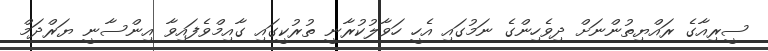
ސީރިއާގެ ރައްޔިތުންނަށް ދިވެހިންގެ ނަމުގައި އެހީ ހަވާލުކުރާނީ ތުރުކީގައި ގާއިމްވެފައިވާ އިންސާނީ ޔަރްދަމް